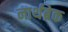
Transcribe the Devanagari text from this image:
नार्थब्रेक